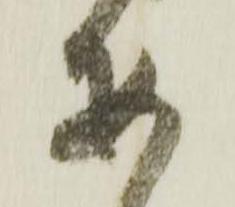
安